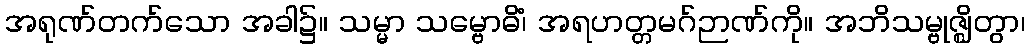
အရုဏ်တက်သော အခါ၌။ သမ္မာ သမ္ဗောဓိံ၊ အရဟတ္တမဂ်ဉာဏ်ကို။ အဘိသမ္ဗုဇ္ဈိတွာ၊